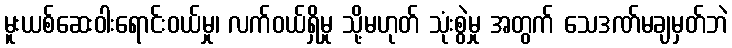
မူးယစ်ဆေးဝါးရောင်းဝယ်မှု၊ လက်ဝယ်ရှိမှု သို့မဟုတ် သုံးစွဲမှု အတွက် သေဒဏ်မချမှတ်ဘဲ